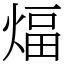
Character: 煏